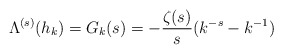
\begin{align*}\Lambda^{(s)}(h_k)=G_k(s) = - \frac{\zeta(s)}{s} (k^{-s} - k^{-1})\end{align*}